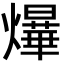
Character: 爗